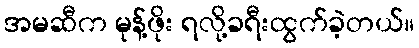
အမဆီက မုန့်ဖိုး ရလို့ခရီးထွက်ခဲ့တယ်။